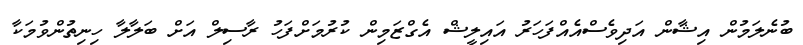
ބުނެލަމުން އިޝާން އަދިވެސްއެއްފަހަރު އައިލީޝް އެގްޒަމިން ކުރުމަށްފަހު ރާސިލް އަށް ބަލާލާ ހިނިތުންވުމަކާ